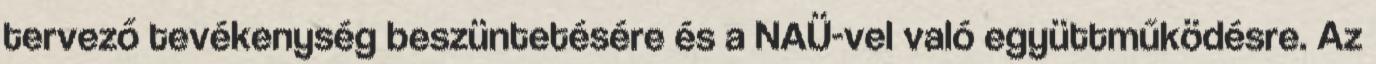
tervező tevékenység beszüntetésére és a NAÜ-vel való együttműködésre. Az